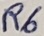
Text: R6